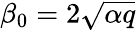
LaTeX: \beta_{0}=2\sqrt{\alpha q}